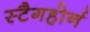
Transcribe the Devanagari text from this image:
स्टैगहोर्न